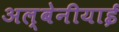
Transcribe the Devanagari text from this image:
अल्बेनीयाई